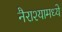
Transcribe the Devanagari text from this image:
नैराश्यामध्ये